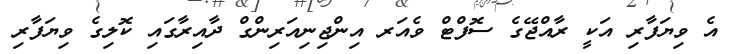
އެ ވިޔަފާރި އަކީ ރާއްޖޭގެ ސޮފްޓް ވެއަރ އިންޖިނިއަރިންގް ދާއިރާގައި ކޮލިގެ ވިޔަފާރި